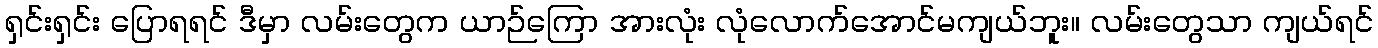
ရှင်းရှင်း ပြောရရင် ဒီမှာ လမ်းတွေက ယာဉ်ကြော အားလုံး လုံလောက်အောင်မကျယ်ဘူး။ လမ်းတွေသာ ကျယ်ရင်